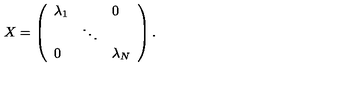
X = \left( \begin{array} { l l l } { \lambda _ { 1 } } & { } & { 0 } \\ { } & { \ddots } & { } \\ { 0 } & { } & { \lambda _ { N } } \\ \end{array} \right) .